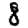
Digit: 8